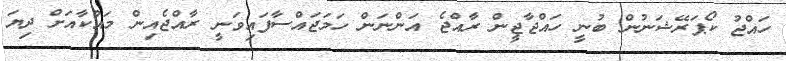
ހައްޖު ކޯޕަރޭޝަނުން ބުނީ ހައްޖާޖީން ރާއްޖެ އަންނަން ހަމަޖައްސާފައިވަނީ ރާއްޖެއިން މައްކާއަށް ދިޔަ